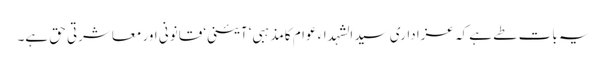
یہ بات طے ہے کہ عزاداری سید الشہداء عوام کامذہبی‘ آئینی‘ قانونی اور معاشرتی حق ہے۔